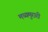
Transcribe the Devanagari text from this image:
मध्यमुरारी